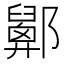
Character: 𨟋